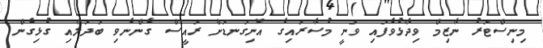
މިނިސްޓަރު ނާޒިމް ވިދާޅުވެފައި ވަނީ މުސާރައިގެ އޮނިގަނޑަށް ރައީސް ގެންނެވި ބަދަލާއި ގުޅިގެން